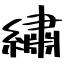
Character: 繡